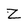
Character: Z